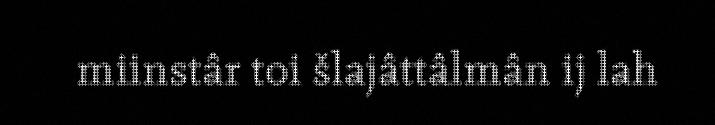
miinstâr toi šlajâttâlmân ij lah